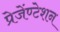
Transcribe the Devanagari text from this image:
प्रेजेंण्टेशन